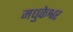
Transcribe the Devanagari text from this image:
मधुकेश्वर